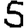
Digit: 5